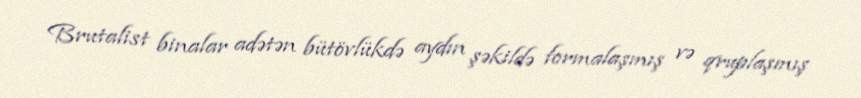
Brutalist binalar adətən bütövlükdə aydın şəkildə formalaşmış və qruplaşmış